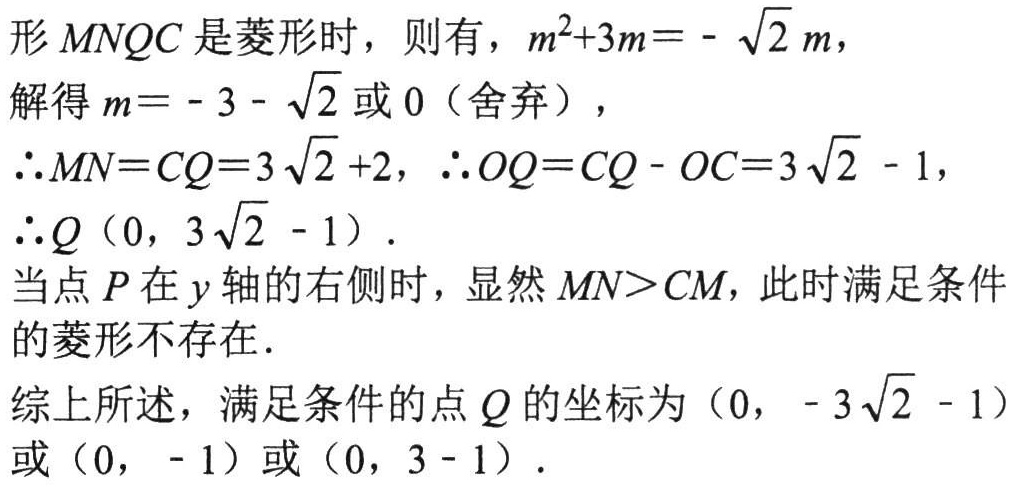
形\(MNQC\)是菱形时，则有，\(m^{2}+3m=-\sqrt{2}m\)，
解得\(m=-3 - \sqrt{2}\)或\(0\)（舍弃），
\(\therefore MN = CQ=3\sqrt{2}+2\)，\(\therefore OQ = CQ - OC=3\sqrt{2}-1\)，
\(\therefore Q(0,3\sqrt{2}-1)\).
当点\(P\)在\(y\)轴的右侧时，显然\(MN>CM\)，此时满足条件
的菱形不存在.
综上所述，满足条件的点\(Q\)的坐标为\((0,-3\sqrt{2}-1)\)或\((0,-1)\)或\((0,3 - 1)\).